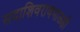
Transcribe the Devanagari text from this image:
सदाशिवरावभाऊही